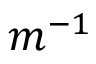
m ^ { - 1 }